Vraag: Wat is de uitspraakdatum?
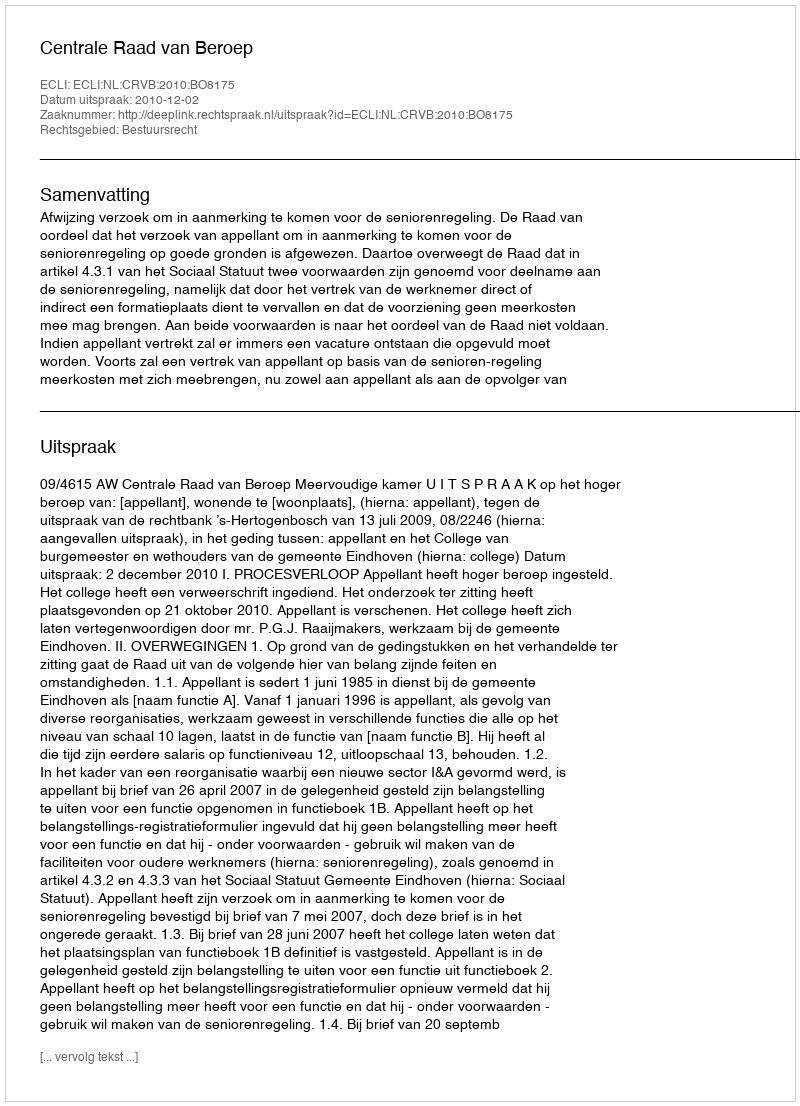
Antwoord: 2010-12-02